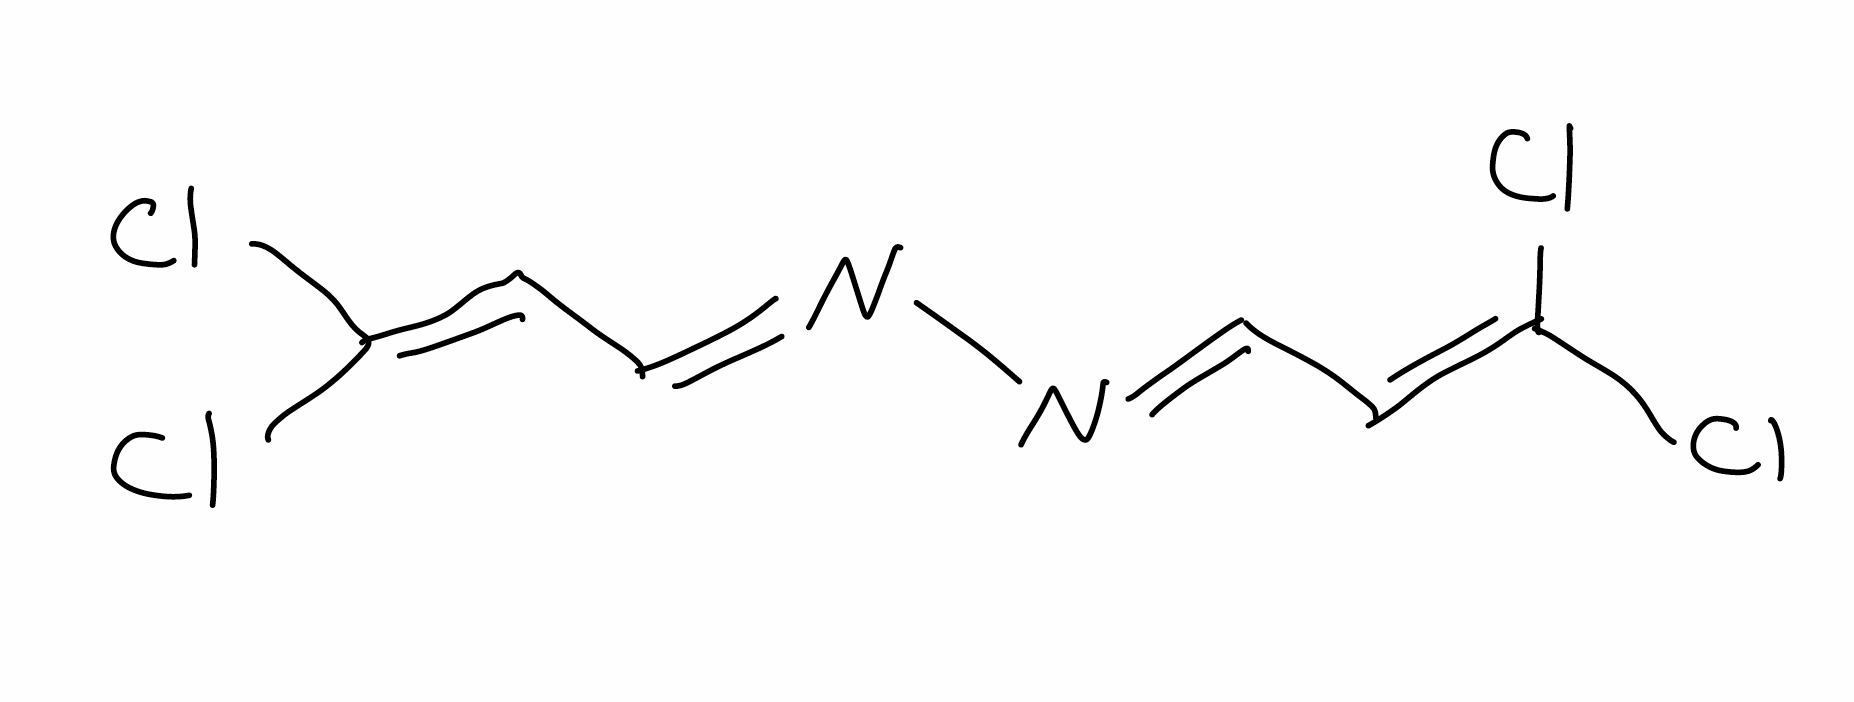
Simplified molecular-input line-entry system (SMILES) notation of the given molecule:
C(=C(Cl)Cl)/C=N/N=C/C=C(Cl)Cl